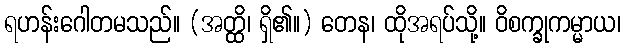
ရဟန်းဂေါတမသည်။ (အတ္ထိ၊ ရှိ၏။) တေန၊ ထိုအရပ်သို့။ ဝိစက္ခုကမ္မာယ၊